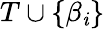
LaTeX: T\cup\{ \beta_{\mathit{i}}\}